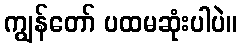
ကျွန်တော် ပထမဆုံးပါပဲ။